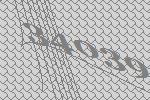
34039